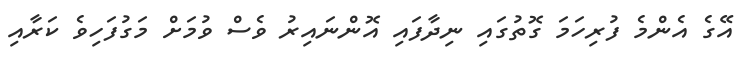
އޭގެ އެންމެ ފުރިހަމަ ގޮތުގައި ނިދާފައި އޮންނައިރު ވެސް ވުމަށް މަގުފަހިވެ ކަރާއި